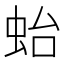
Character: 𧉟